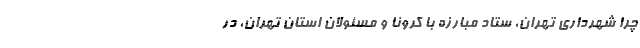
چرا شهرداری تهران، ستاد مبارزه با کرونا و مسئولان استان تهران، در